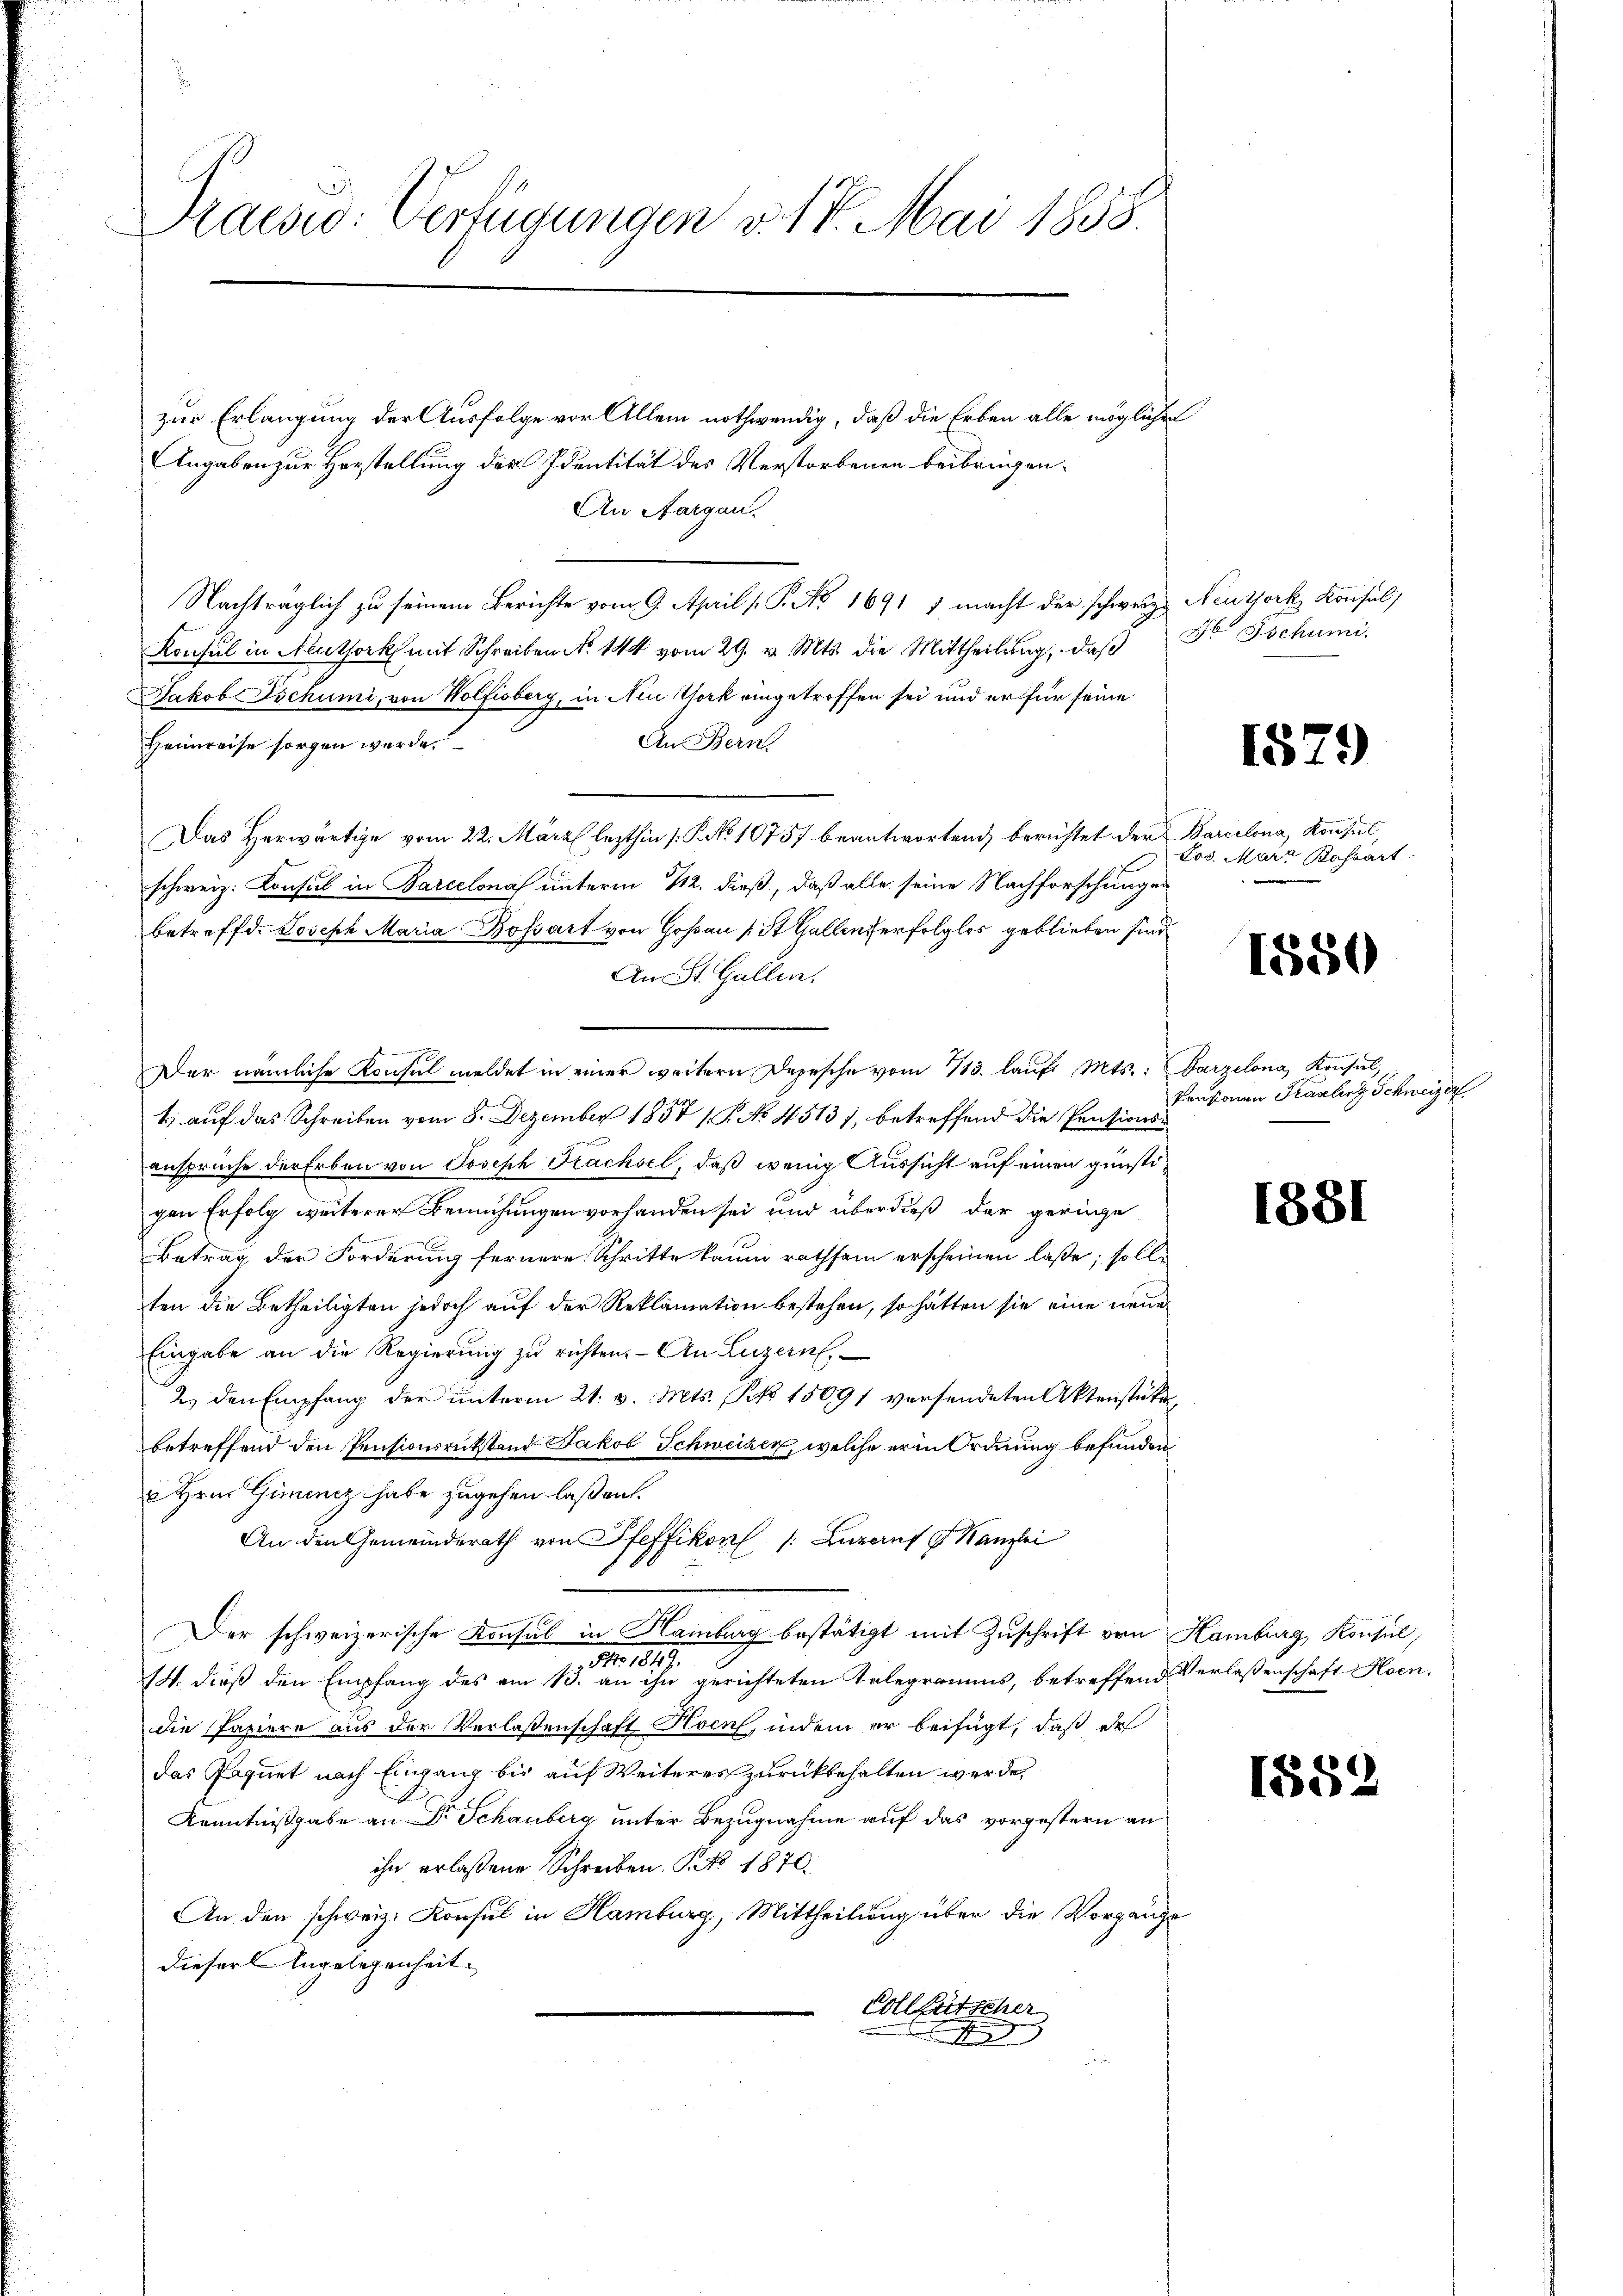
Praesio: Verfügungen v. 18. Mai 1855.

zur Erlangung der Ausfolge vor Allem nothwendig, daß die Erben alle mögliche
Angaben zur Herstellung der Identität des Verstorbenen beibringen.
An Aargau.
Nachträglich zu seinem Berichte vom 9. April [P. No 1691 1 macht der schweiz. Neuthork Konsul,
Konsul in Neuthork mit Schreiben No 144 vom 29. v. Mts. die Mittheilŭng, daβ Fr Tschumi
Jakob Tschumi, von Wolfisberg, in Neu York eingetroffen sei und er für seine
An Bern
Heimreise sorgen werde.
Das Herwärtige vom 22. März lezthin [PNo 1075 beantwortend, berichtet der Barcelona, Konsul,
schweiz. Konsul in Barcelonas unterm 112. dieß, daß alle seine Nachforschungen
betreffd. Joseph Maria Bossart von Goßau (St. Gallen erfolglos geblieben sind
An St. Gallen.
Der nämliche Konsul meldet in einer weitern Depesche vom 713. laŭf. Mts.: Barzelona, Konsul,
1) auf das Schreiben vom 8. Dezember 1857 / P. No 4513), betreffend die Pensionsansprüche der Erben von Joseph Trachsel, daß wenig Aussicht auf einen günstigen Erfolg weiterer Bemühungen vorhanden sei und überdieß der geringe
Betrag der Forderung fernere Schritte kaum rathsam erscheinen laße; soll
ten die Betheiligten jedoch auf der Reklamation bestehen, so hätten sie eine neue
Eingabe an die Regierung zu richten. - An Luzern.
2. den Empfang der unterm 21. v. Mts. S. 15091 versendeten Aktenstükenbetreffend den Pensionsrükstand Jakob Schweizer, welche er in Ordnung befunden
 Hrn. Ginenz habe zugehen laßen.
An den Gemeinderath von Pfeffikon (Aarauf 9 Kanzlei
Der schweizerische Konsul in Hamberg bestätigt mit Zuschrift von Hamburg, Konsul,
No. 1819.
14. dieß den Empfang des am B. an ihn gerichteten Telegramms, betreffend Verlassenschaft Hoendie Papiere aus der Verlaßenschaft Hoen, indem er beifügt, daß des
das Paquet nach Eingang bis auf Weiteres zurückbehalten werde,
Kenntnißgabe an Dr. Schauberg unter Bezugnahme auf das vorgestern an
ihn erlassene Schreiben S. NNo. 1870.
An den schweiz. Konsul in Hamburg, Mittheilung über die Vorgange
dieser Angelegenheit
Collfütscher

n

1579

Los. Marr Bossart

1550

Pensionen Fragberg Schweizer

1381

1884